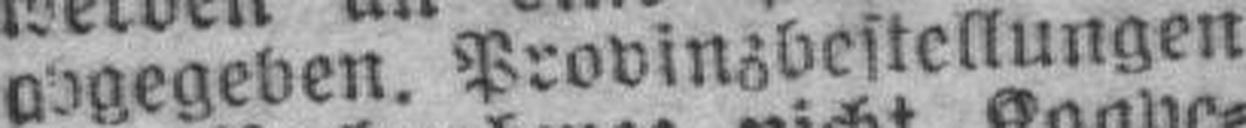
abgegeben. Provinzbestellungen